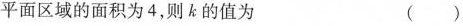
平面区域的面积为4，则k的值为 （）